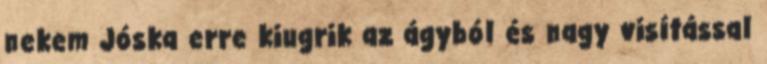
nekem Jóska erre kiugrik az ágyból és nagy visítással